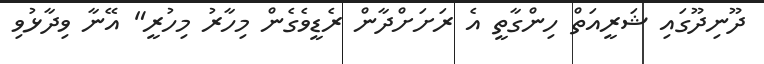
ދޫނިދޫގައި ޝަރީއަތް ހިންގާތީ އެ ރަށަށްދާން ރެޑީވެގެން މިހާރު މިހުރީ" އޭނާ ވިދާޅުވި